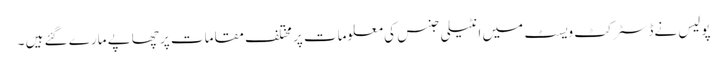
پولیس نےڈسٹرکٹ ویسٹ میں انٹیلی جنس کی معلومات پر مختلف مقامات پر چھاپے مارے گئے ہیں ۔